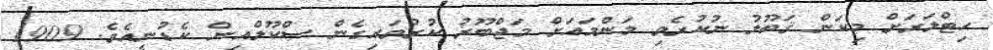
ހިޓްލަރަށް މިކަން ޤަބޫލު ނުކުރެވި މަންމައަށް މަޖްބޫރު ކުރުވައިގެން ސްކޫލްއިން ކެޑުނީއެވެ. 1909